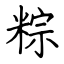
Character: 粽